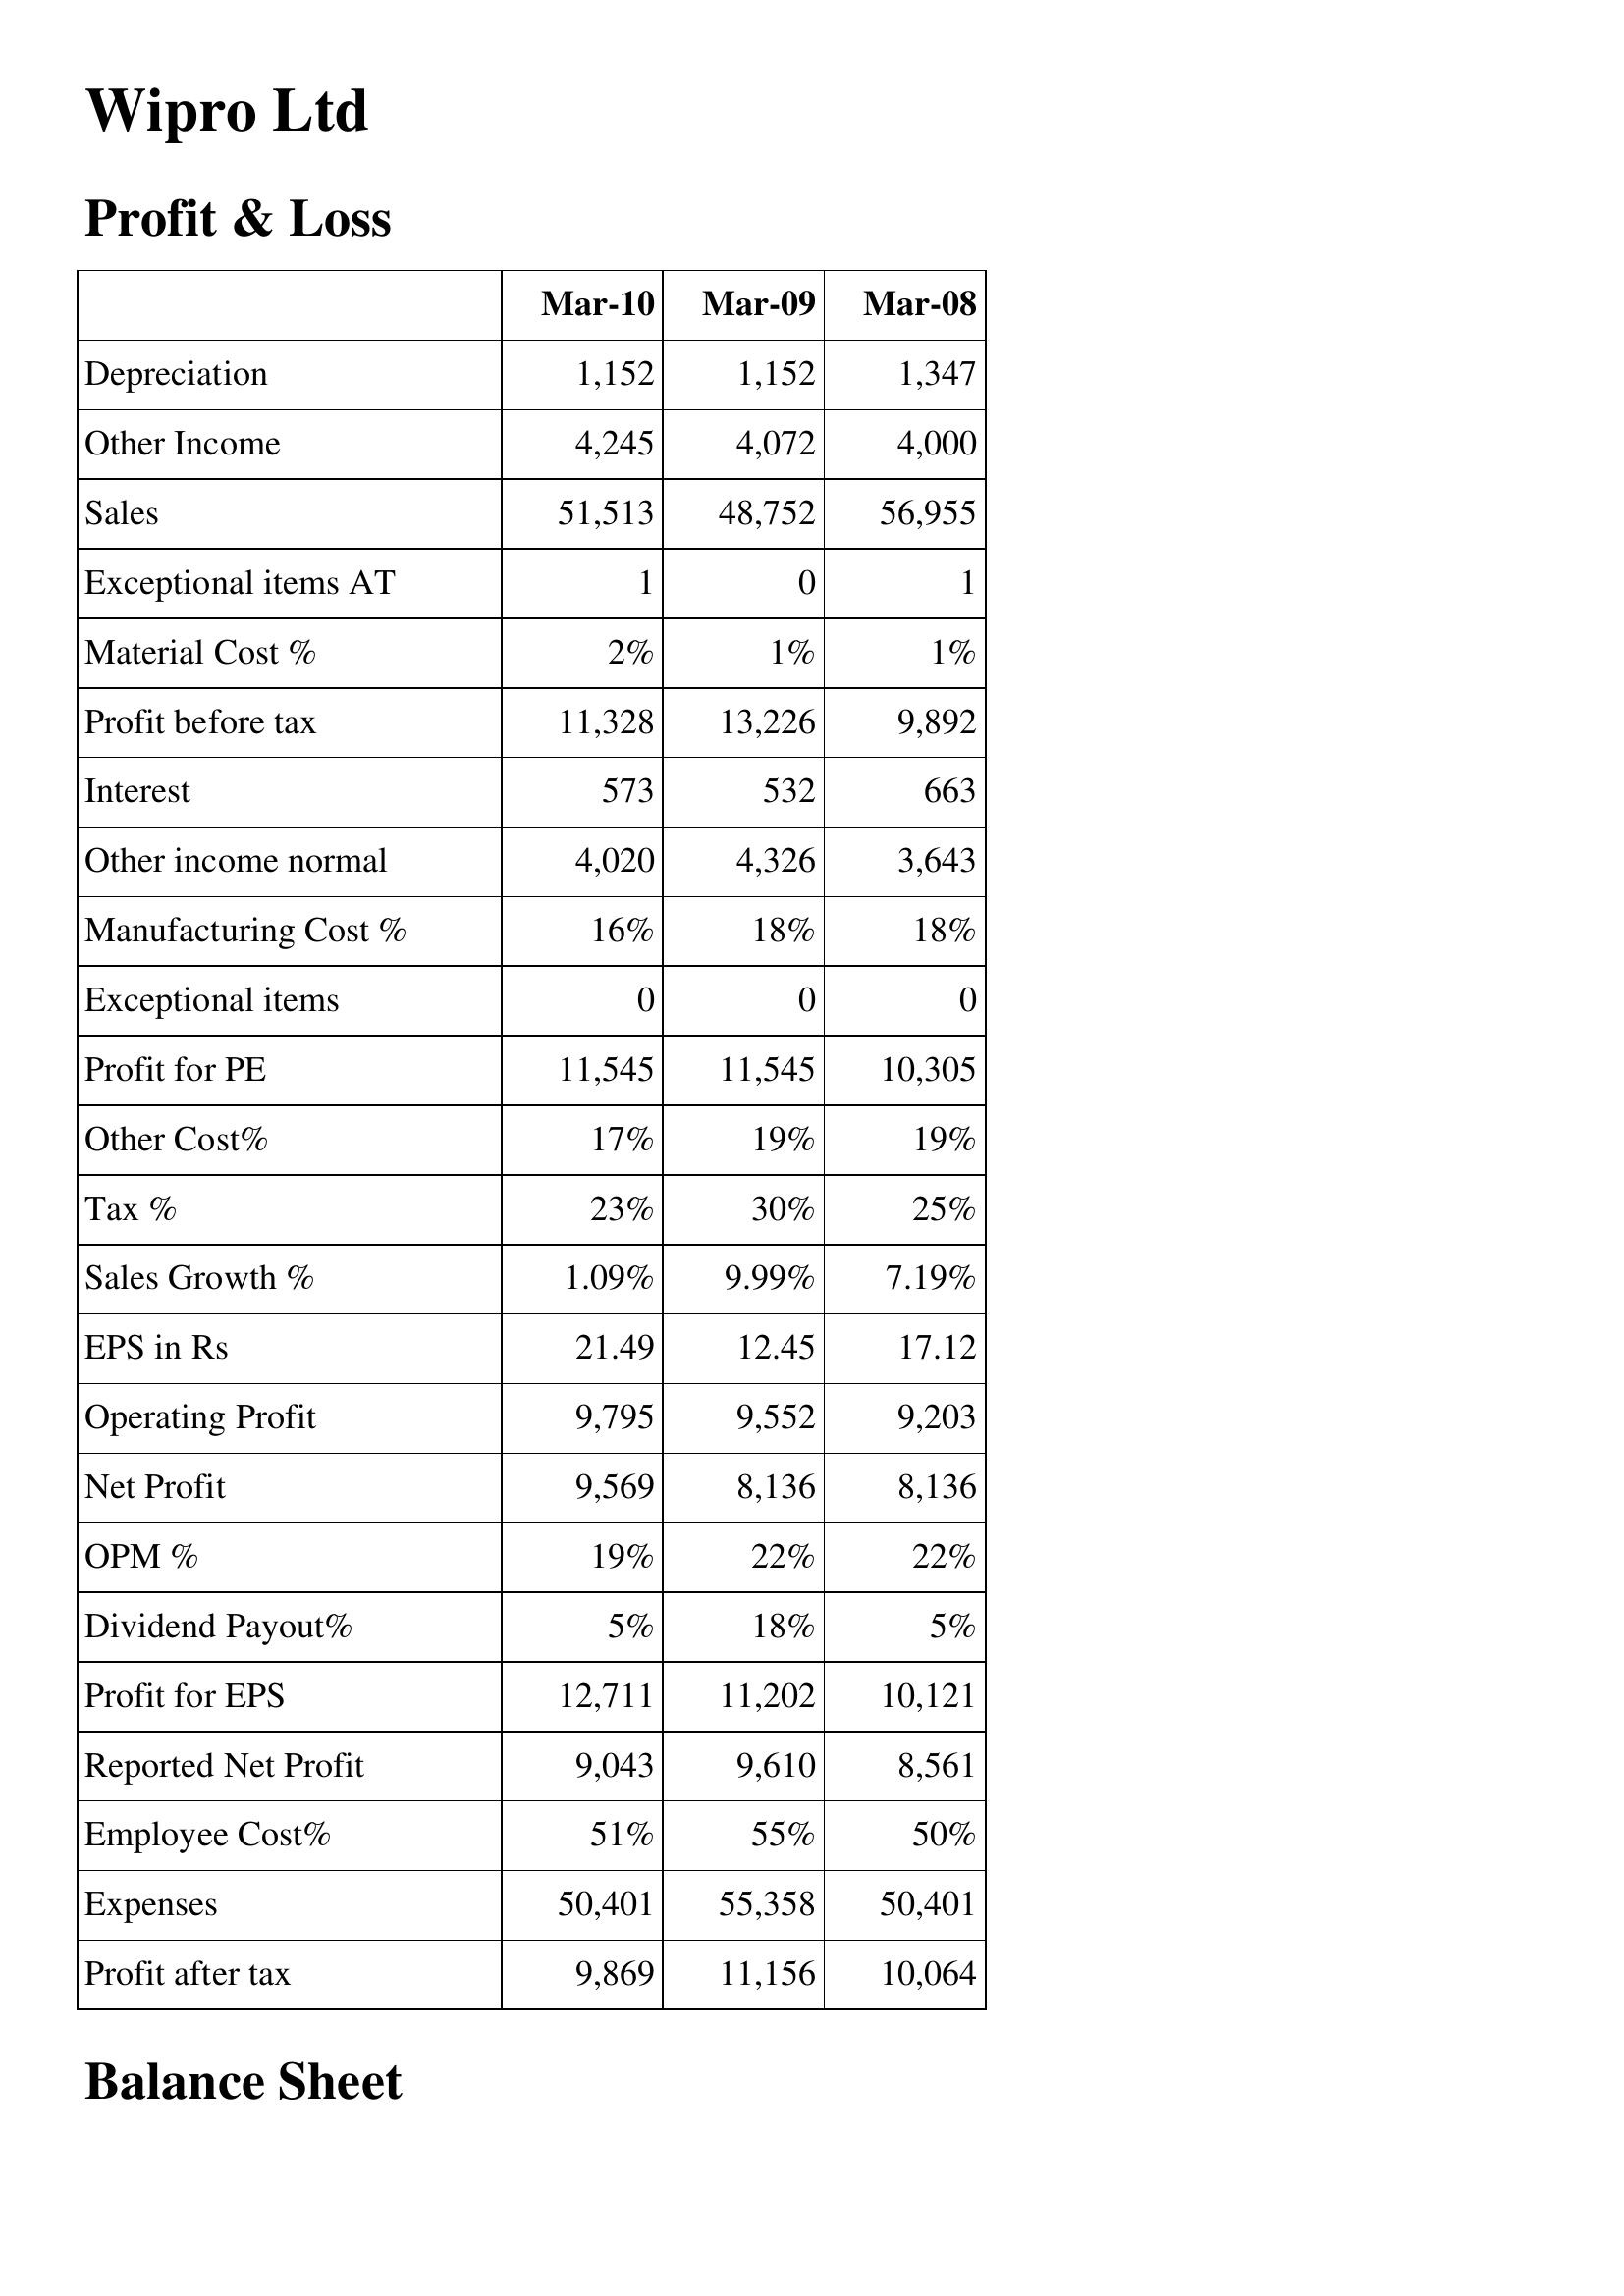
Mar-10: Profit & Loss: Depreciation: 1,152
Other Income: 4,245
Sales: 51,513
Exceptional items AT: 1
Material Cost %: 2%
Profit before tax: 11,328
Interest: 573
Other income normal: 4,020
Manufacturing Cost %: 16%
Exceptional items: 0
Profit for PE: 11,545
Other Cost%: 17%
Tax %: 23%
Sales Growth %: 1.09%
EPS in Rs: 21.49
Operating Profit: 9,795
Net Profit: 9,569
OPM %: 19%
Dividend Payout%: 5%
Profit for EPS: 12,711
Reported Net Profit: 9,043
Employee Cost%: 51%
Expenses: 50,401
Profit after tax: 9,869
Mar-09: Profit & Loss: Depreciation: 1,152
Other Income: 4,072
Sales: 48,752
Exceptional items AT: 0
Material Cost %: 1%
Profit before tax: 13,226
Interest: 532
Other income normal: 4,326
Manufacturing Cost %: 18%
Exceptional items: 0
Profit for PE: 11,545
Other Cost%: 19%
Tax %: 30%
Sales Growth %: 9.99%
EPS in Rs: 12.45
Operating Profit: 9,552
Net Profit: 8,136
OPM %: 22%
Dividend Payout%: 18%
Profit for EPS: 11,202
Reported Net Profit: 9,610
Employee Cost%: 55%
Expenses: 55,358
Profit after tax: 11,156
Mar-08: Profit & Loss: Depreciation: 1,347
Other Income: 4,000
Sales: 56,955
Exceptional items AT: 1
Material Cost %: 1%
Profit before tax: 9,892
Interest: 663
Other income normal: 3,643
Manufacturing Cost %: 18%
Exceptional items: 0
Profit for PE: 10,305
Other Cost%: 19%
Tax %: 25%
Sales Growth %: 7.19%
EPS in Rs: 17.12
Operating Profit: 9,203
Net Profit: 8,136
OPM %: 22%
Dividend Payout%: 5%
Profit for EPS: 10,121
Reported Net Profit: 8,561
Employee Cost%: 50%
Expenses: 50,401
Profit after tax: 10,064